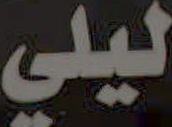
ليلي